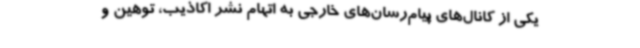
یکی از کانال‌های پیام‌رسان‌های خارجی به اتهام نشر اکاذیب، توهین و